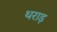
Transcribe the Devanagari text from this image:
थराड़